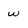
Character: w